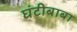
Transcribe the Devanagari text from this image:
घंटीबाबा